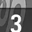
Digit: 3